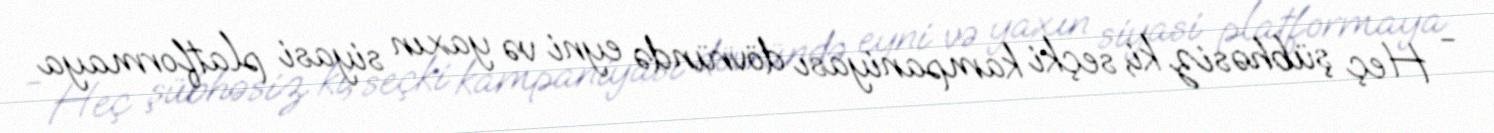
- Heç şübhəsiz ki, seçki kampaniyası dövründə eyni və yaxın siyasi platformaya